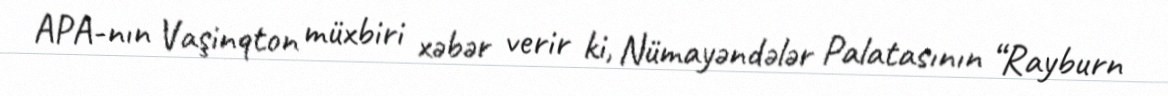
APA-nın Vaşinqton müxbiri xəbər verir ki, Nümayəndələr Palatasının “Rayburn